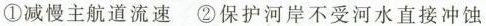
①减慢主航道流速 ②保护河岸不受河水直接冲蚀